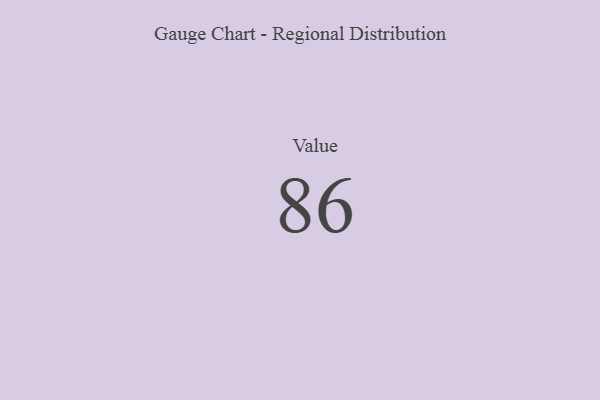
{"axis": {"x": "Metric", "y": "Value"}, "legend": [""], "data": [{"x": "Value", "y": 86, "type": ""}]}